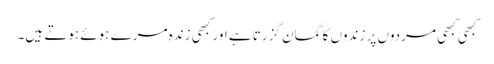
کبھی کبھی مردوں پر زندوں کا گمان گزرتا ہے اور کبھی زندہ مرے ہوئے ہوتے ہیں۔